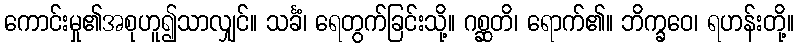
ကောင်းမှု၏အစုဟူ၍သာလျှင်။ သင်္ခံ၊ ရေတွက်ခြင်းသို့။ ဂစ္ဆတိ၊ ရောက်၏။ ဘိက္ခဝေ၊ ရဟန်းတို့။